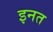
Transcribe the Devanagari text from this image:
इनत